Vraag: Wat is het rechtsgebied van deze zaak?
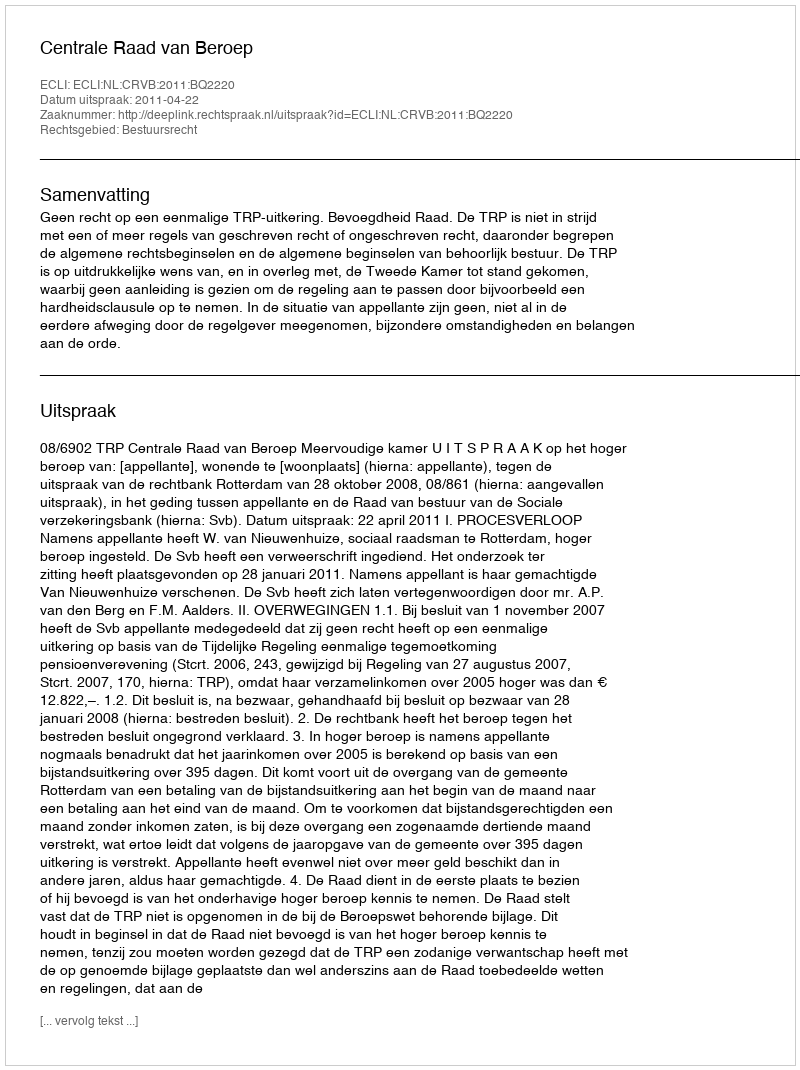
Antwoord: Bestuursrecht